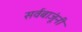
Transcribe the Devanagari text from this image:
सर्वबाजूंनी